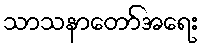
သာသနာတော်အရေး